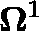
\mathbf { \Omega } ^ { 1 }